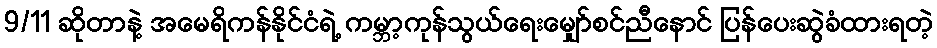
9/11 ဆိုတာနဲ့ အမေရိကန်နိုင်ငံရဲ့ ကမ္ဘာ့ကုန်သွယ်ရေးမျှော်စင်ညီနောင် ပြန်ပေးဆွဲခံထားရတဲ့